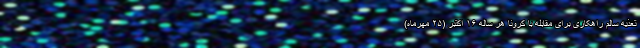
تعذیه سالم راهکاری برای مقابله با کرونا هر ساله ۱۶ اکتبر (۲۵ مهرماه)